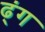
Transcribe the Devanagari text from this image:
ढ्ंग